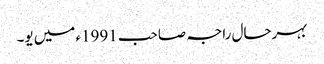
بہرحال راجہ صاحب 1991ء میں یو۔